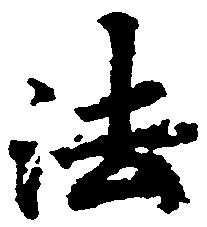
法